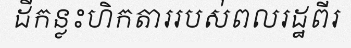
ដីកន្លះហិកតាររបស់ពលរដ្ឋពីរ